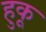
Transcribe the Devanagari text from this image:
हुकू